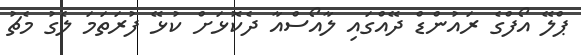
ޕްލޭ އޯފްގެ ރައުންޑް ދޭއްގައި ލާއޯސްއާ ދެކޮޅަށް ކުޅޭ ފުރަތަމަ ލެގު މެޗު